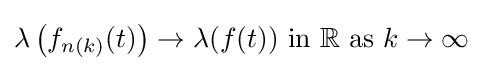
\lambda \left(f_{n(k)}(t)\right)\to \lambda (f(t)){\mbox{ in }}\mathbb {R} {\mbox{ as }}k\to \infty